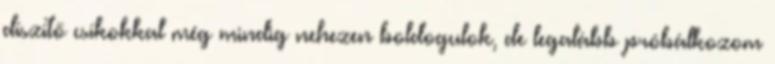
díszítő csíkokkal még mindig nehezen boldogulok, de legalább próbálkozom